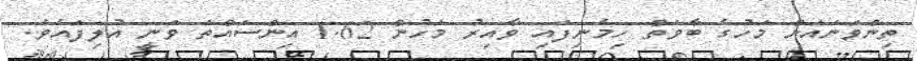
ތިންވަނައަށް މަހުގެ ބާވަތް ހިމެނިފައި ވާއިރު މަހުން 1.62 އިންސައްތަ ވަނީ އުލިފައެވެ.